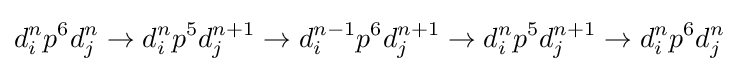
d_{i}^{n}p^{6}d_{j}^{n}\rightarrow d_{i}^{n}p^{5}d_{j}^{n+1}\rightarrow d_{i}^{n-1}p^{6}d_{j}^{n+1}\rightarrow d_{i}^{n}p^{5}d_{j}^{n+1}\rightarrow d_{i}^{n}p^{6}d_{j}^{n}